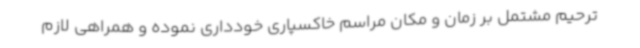
ترحیم مشتمل بر زمان و مکان مراسم خاکسپاری خودداری نموده و همراهی لازم